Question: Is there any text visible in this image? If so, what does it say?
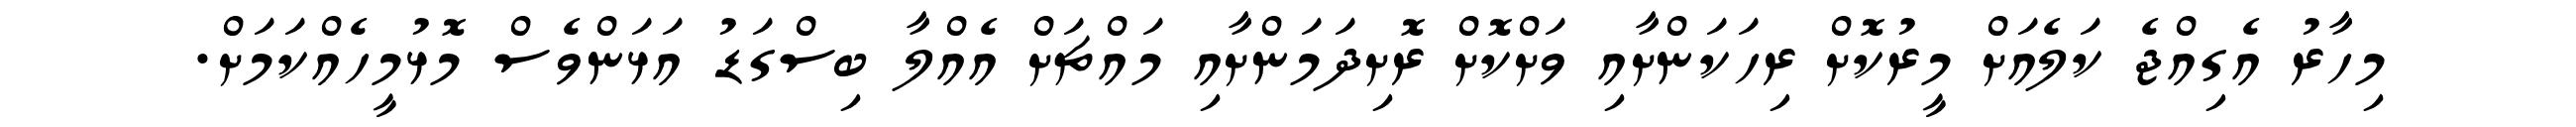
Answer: މިހާރު އެގިއްޖެ ކަލެއަށް މީރުކޮށް ރިހަކަންށާއި ވަށްކޮށް ރޮށިދަމަންށާއި މައްޗަށް އެއްލާ ބިސްގަޑު އަޅަންވެސް މޮޅުމީހެއްކަމަށް.